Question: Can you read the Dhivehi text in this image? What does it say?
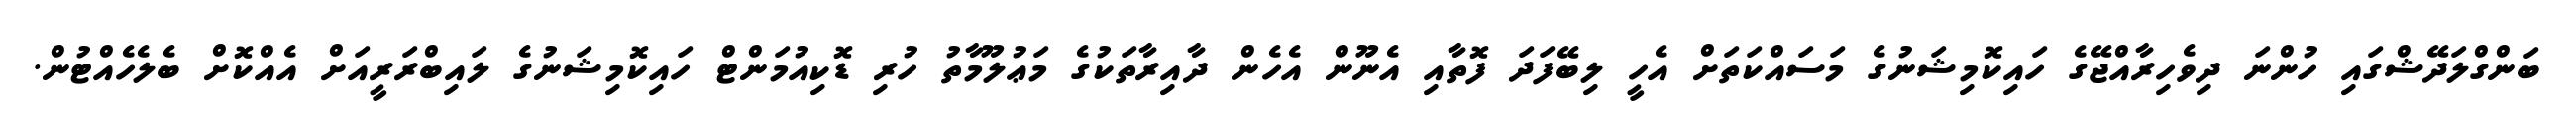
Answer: ބަންގްލަދޭޝްގައި ހުންނަ ދިވެހިރާއްޖޭގެ ހައިކޮމިޝަނުގެ މަސައްކަތަށް އެހީ ލިބޭފަދަ ފޮތާއި އެނޫން އެހެން ދާއިރާތަކުގެ މަޢުލޫމާތު ހުރި ޑޮކިއުމަންޓް ހައިކޮމިޝަނުގެ ލައިބްރަރީއަށް އެއްކޮށް ބެލެހެއްޓުން.